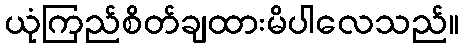
ယုံကြည်စိတ်ချထားမိပါလေသည်။